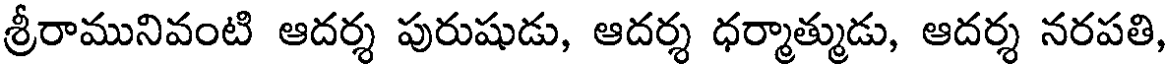
శ్రీరామునివంటి ఆదర్శ పురుషుడు, ఆదర్శ ధర్మాత్ముడు, ఆదర్శ నరపతి,